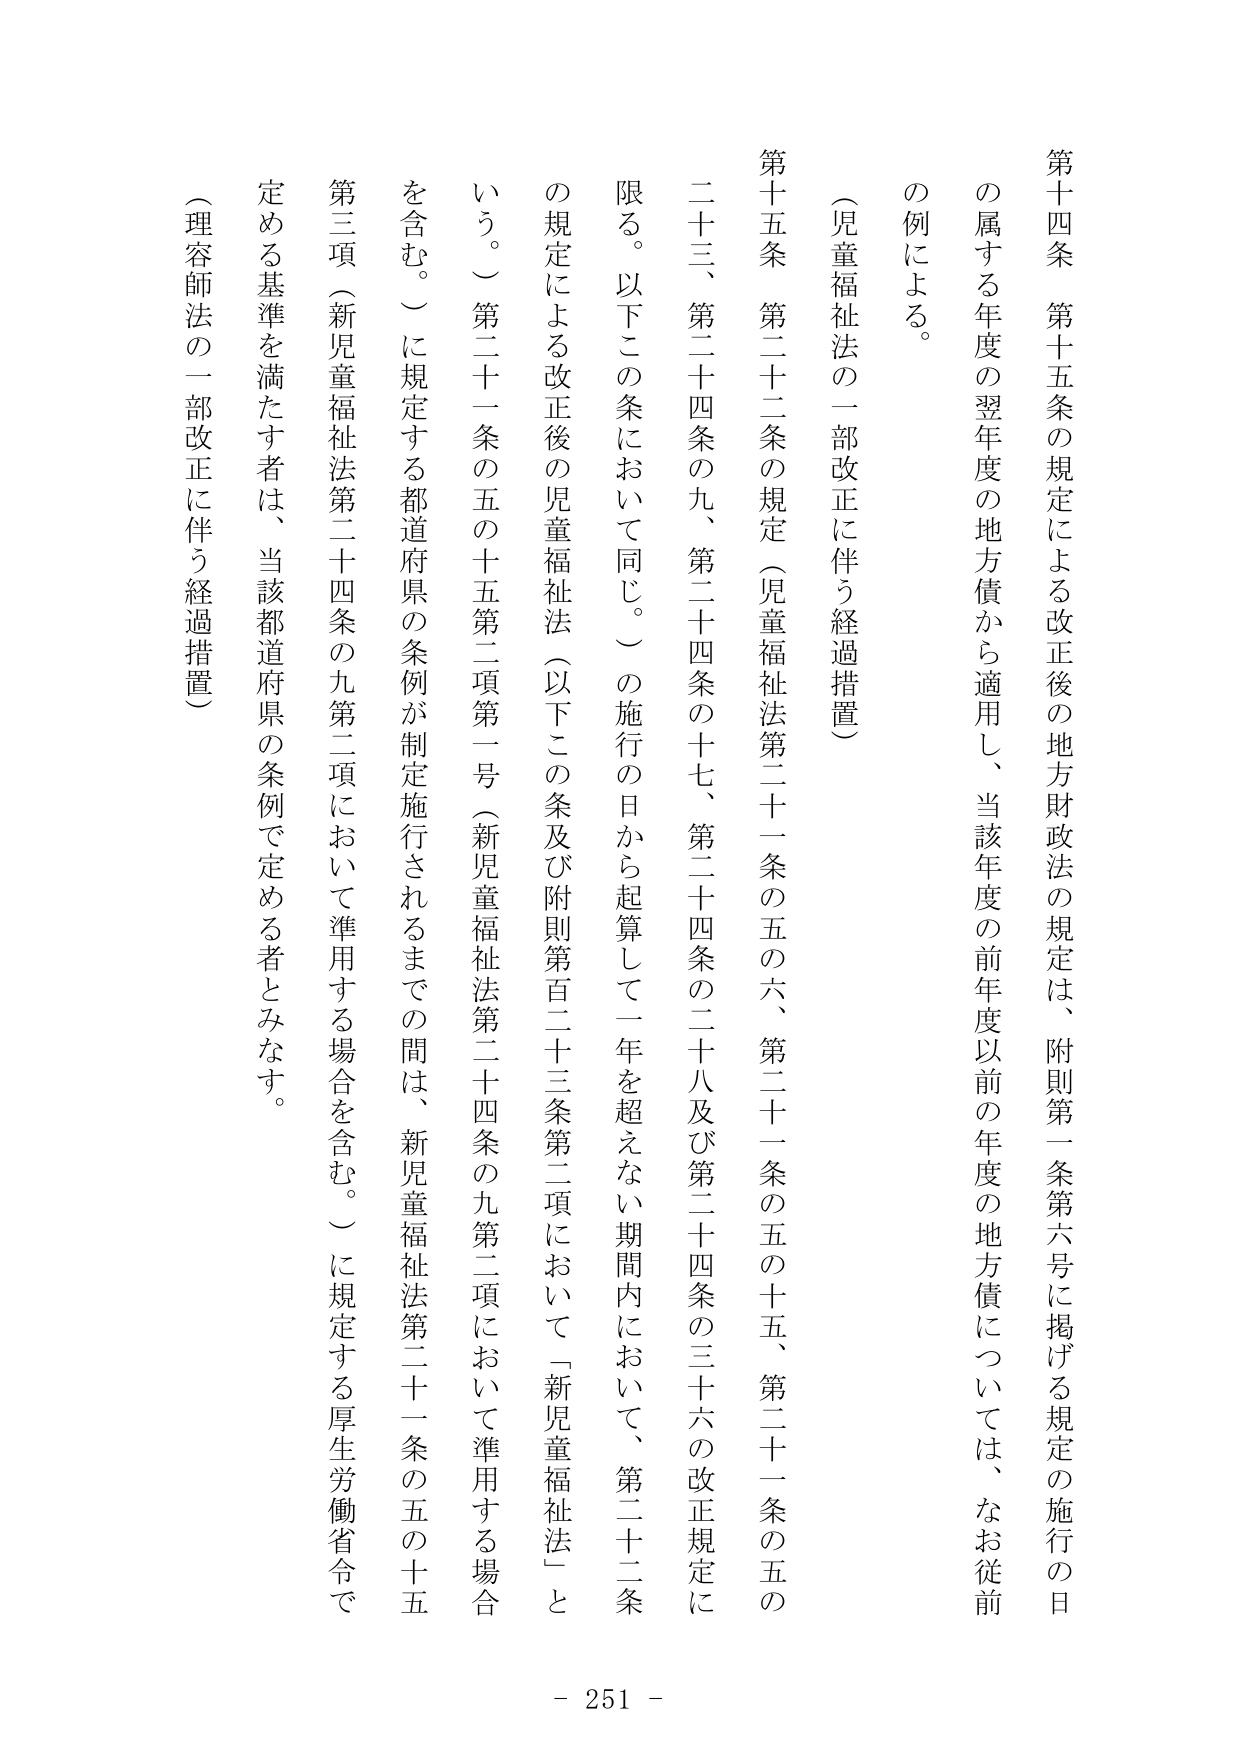
第十四条　第十五条の規定による改正後の地方財政法の規定は、附則第一条第六号に掲げる規定の施行の日の属する年度の翌年度の地方債から適用し、当該年度の前年度以前の年度の地方債については、なお従前の例による。

（児童福祉法の一部改正に伴う経過措置）

第十五条　第二十二条の規定（児童福祉法第二十一条の五の六、第二十一条の五の十五、第二十一条の五の二十三、第二十四条の九、第二十四条の十七、第二十四条の二十八及び第二十四条の三十六の改正規定に限る。以下この条において同じ。）の施行の日から起算して一年を超えない期間内において、第二十二条の規定による改正後の児童福祉法（以下この条及び附則第百二十三条第二項において「新児童福祉法」という。）第二十一条の五の十五第二項第一号（新児童福祉法第二十四条の九第二項において準用する場合を含む。）に規定する都道府県の条例が制定施行されるまでの間は、新児童福祉法第二十一条の五の十五第三項（新児童福祉法第二十四条の九第二項において準用する場合を含む。）に規定する厚生労働省令で定める基準を満たす者は、当該都道府県の条例で定める者とみなす。

（理容師法の一部改正に伴う経過措置）

- 251 -